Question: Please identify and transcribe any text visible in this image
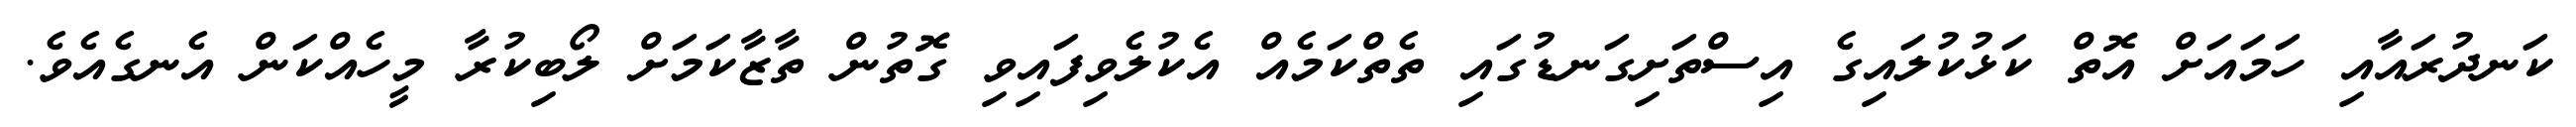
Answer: ކަނދުރައާއި ހަމައަށް އޮތް ކަޅުކުލައިގެ އިސްތަށިގަނޑުގައި ތެތްކަމެއް އެކުލެވިފައިވި ގޮތުން ތާޒާކަމަށް ލޯބިކުރާ މީހެއްކަން އެނގެއެވެ.